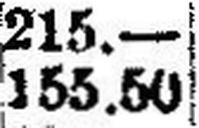
155.50